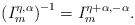
\begin{align*}\left(I_m^{\eta, \alpha}\right)^{-1}= I_m^{\eta+\alpha, -\alpha}.\end{align*}